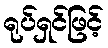
ရုပ်ရှင်ဖြင့်